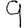
Digit: 9